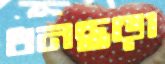
ধনছড়া